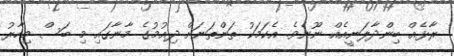
ރާޅެއް ބިންދާލަނީއެއް ނޫނެވެ. އެކަމަކު ތަންތަނަށް ދިއުމުގެ މާނާގައި މި ބަސް މިހާރު